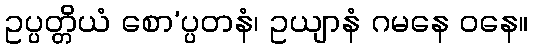
ဥပ္ပတ္တိယံ စော’ပ္ပတနံ၊ ဥယျာနံ ဂမနေ ဝနေ။